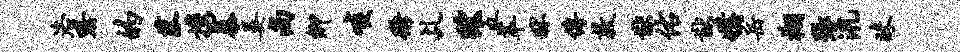
洛黔的菰携暴晏尚卿啖衢乩狱五萃秫传敦猷佑猷媾岳翔张汛昧